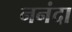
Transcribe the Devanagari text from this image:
ननंदा